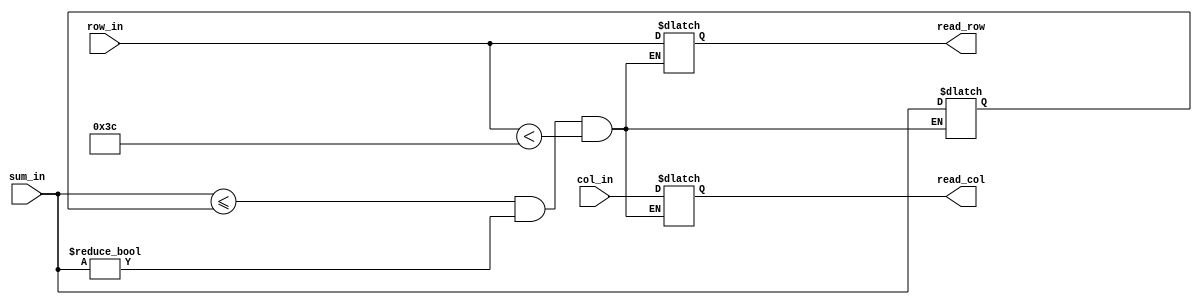
`timescale 1ns / 1ps


module datamemory_with_sorter
    #(parameter INPUT_WIDTH = 8,
      parameter DATA_WIDTH = 16)

    (
    input [INPUT_WIDTH-1:0] col_in,
    input [INPUT_WIDTH-1:0] row_in,
    input [DATA_WIDTH-1:0] sum_in,
    
    output reg [INPUT_WIDTH-1:0] read_col,
    output reg [INPUT_WIDTH-1:0] read_row
    );
    
    reg [DATA_WIDTH:0] sum;
    

    initial begin 
        sum = 32767;
        read_col = 0;
        read_row = 0;
    end
    
    always @(*) begin 
        
        
        if (sum_in <= sum && sum_in != 0 && row_in < 60) begin 
            sum = sum_in;
            read_col = col_in;
            read_row = row_in;
            end
        
        
        
    end
endmodule